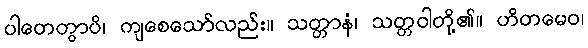
ပါတေတွာပိ၊ ကျစေသော်လည်း။ သတ္တာနံ၊ သတ္တဝါတို့၏။ ဟိတမေဝ၊